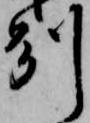
州